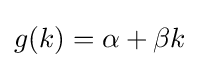
g(k)=\alpha +\beta k